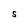
Character: S